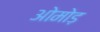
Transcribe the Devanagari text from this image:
ओमोड़